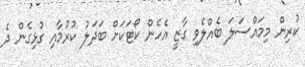
ކުރިން މިމައްސަލަ ބެއްލެވި ގާޒީ އެހެން ކޯޓަކަށް ބަދަލު ކުރުމާއި ގުޅިގެން ދެ